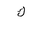
Letter: _kaf